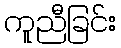
ကူညီခြင်း